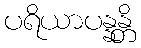
ပရိယာပန္နန္တိ